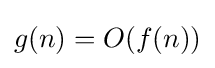
g(n)=O(f(n))